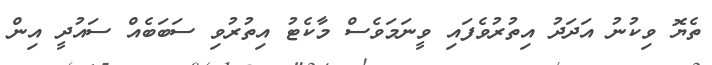
ތެޔޮ ވިކުނު އަދަދު އިތުރުވެފައި ވީނަމަވެސް މާކެޓު އިތުރުވި ސަބަބެއް ސައުދީ އިން